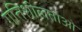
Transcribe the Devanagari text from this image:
गतिशीलताओ